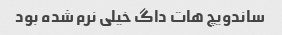
ساندویچ هات داگ خیلی نرم شده بود